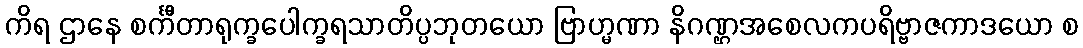
ကိရ ဌာနေ စင်္ကီတာရုက္ခပေါက္ခရသာတိပ္ပဘုတယော ဗြာဟ္မဏာ နိဂဏ္ဌအစေလကပရိဗ္ဗာဇကာဒယော စ